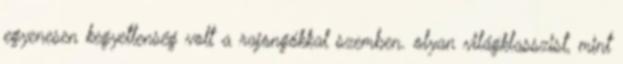
egyenesen kegyetlenség volt a rajongókkal szemben. olyan világklasszist, mint